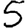
Digit: 5